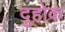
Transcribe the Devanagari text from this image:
दुहोक